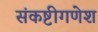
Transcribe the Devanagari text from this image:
संकष्टीगणेश